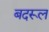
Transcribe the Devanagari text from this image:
बदरूल